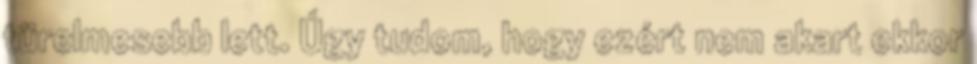
türelmesebb lett. Úgy tudom, hogy ezért nem akart ekkor